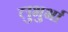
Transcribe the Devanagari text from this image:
लुभुर्भा